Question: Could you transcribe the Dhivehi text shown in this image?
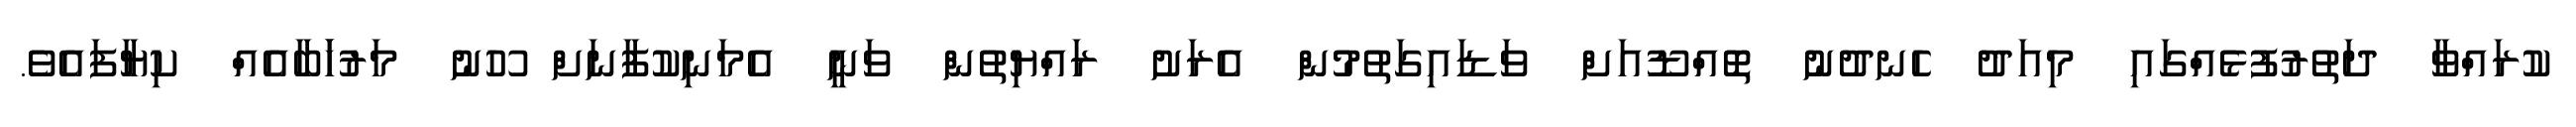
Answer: ކުރައްވާ ދަތުރުފުޅެއްގައި މިއަދު ހެނދުނު ތޮއްޑޫއަށް ވަޑައިގަތުމުން އެރަށު ރައްޔިތުން ވަނީ އެމަނިކުފާނަށް ހޫނު މަރުހަަބާއެއް ކިޔާފައެވެ.